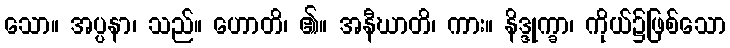
သော။ အပ္ပနာ၊ သည်။ ဟောတိ၊ ၏။ အနီဃာတိ၊ ကား။ နိဒ္ဒုက္ခာ၊ ကိုယ်၌ဖြစ်သော